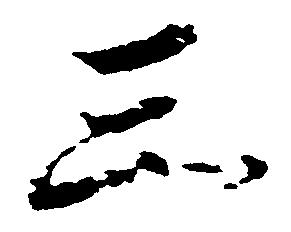
三